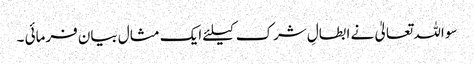
سو اللہ تعالیٰ نے ابطالِ شرک کیلئے ایک مثال بیان فرمائی ۔